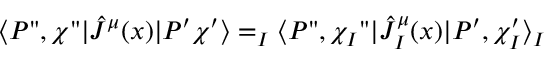
\langle P " , \chi " | { \hat { J } } ^ { \mu } ( x ) | P ^ { \prime } \chi ^ { \prime } \rangle = _ { I } \langle P " , \chi _ { I } " | { \hat { J } } _ { I } ^ { \mu } ( x ) | P ^ { \prime } , \chi _ { I } ^ { \prime } \rangle _ { I }